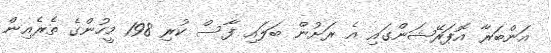
އަންބަރާ އޮޕަރޭޝަންގައި އެ ރަށުން ބަލައި ފާސް ކުރި 198 މީހުންގެ ތެރެއިން